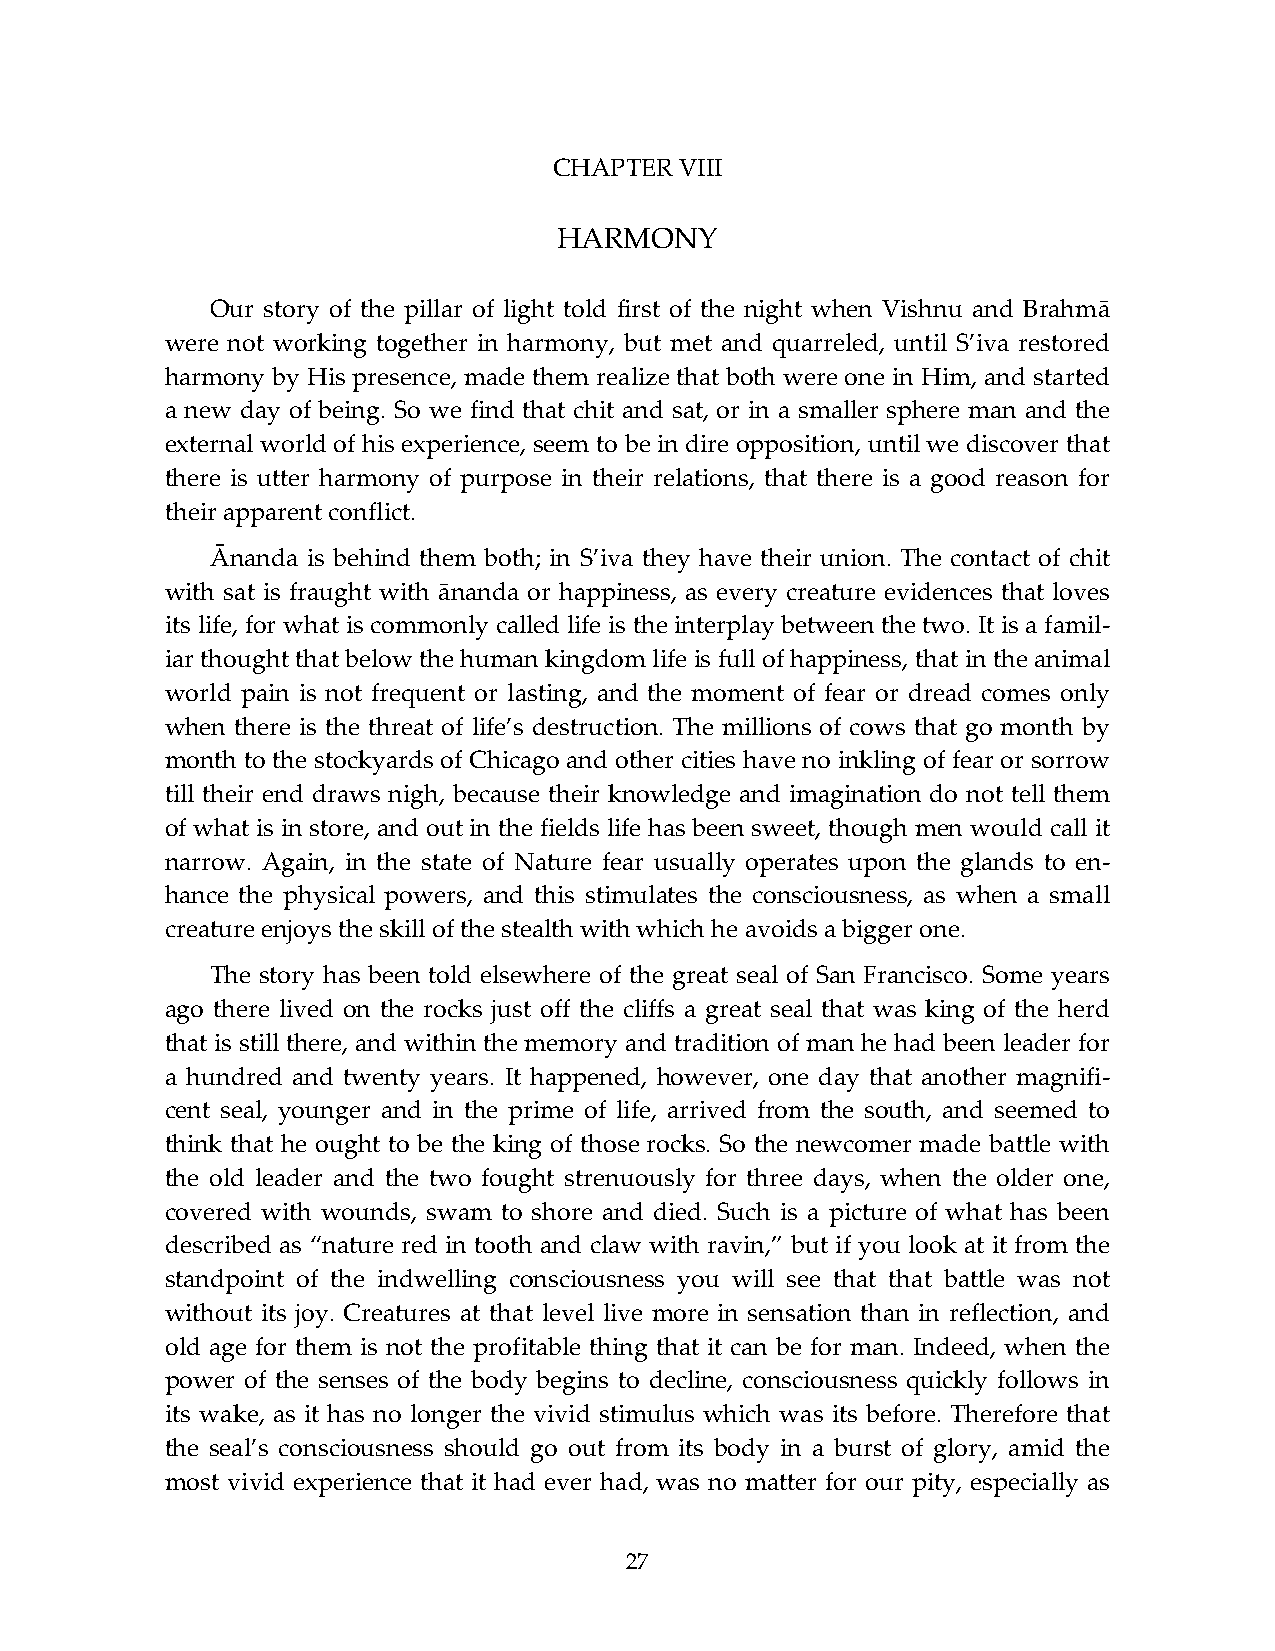
CHAPTER VIII
 HARMONY
 Our story of the pillar of light told first of the night when Vishnu and Вrahmā
 were not working together in harmony, but met and quarreled, until S’iva restored
 harmony by His presence, made them realize that both were one in Him, and started
 a new day of being. So we find that chit and sat, or in a smaller sphere man and the
 external world of his experience, seem to be in dire opposition, until we discover that
 there is utter harmony of purpose in their relations, that there is a good reason for
 their apparent conflict.
 Ānanda is behind them both; in S’iva they have their union. The contact of chit
 with sat is fraught with ānanda or happiness, as every creature evidences that loves
 its life, for what is commonly called life is the interplay between the two. It is a famil-
 iar thought that below the human kingdom life is full of happiness, that in the animal
 world pain is not frequent or lasting, and the moment of fear or dread comes only
 when there is the threat of life’s destruction. The millions of cows that go month by
 month to the stockyards of Chicago and other cities have no inkling of fear or sorrow
 till their end draws nigh, because their knowledge and imagination do not tell them
 of what is in store, and out in the fields life has been sweet, though men would call it
 narrow. Again, in the state of Nature fear usually operates upon the glands to en-
 hance the physical powers, and this stimulates the consciousness, as when a small
 creature enjoys the skill of the stealth with which he avoids a bigger one.
 The story has been told elsewhere of the great seal of San Francisco. Some years
 ago there lived on the rocks just off the cliffs a great seal that was king of the herd
 that is still there, and within the memory and tradition of man he had been leader for
 a hundred and twenty years. It happened, however, one day that another magnifi-
 cent seal, younger and in the prime of life, arrived from the south, and seemed to
 think that he ought to be the king of those rocks. So the newcomer made battle with
 the old leader and the two fought strenuously for three days, when the older one,
 covered with wounds, swam to shore and died. Such is a picture of what has been
 described as “nature red in tooth and claw with ravin,” but if you look at it from the
 standpoint of the indwelling consciousness you will see that that battle was not
 without its joy. Creatures at that level live more in sensation than in reflection, and
 old age for them is not the profitable thing that it can be for man. Indeed, when the
 power of the senses of the body begins to decline, consciousness quickly follows in
 its wake, as it has no longer the vivid stimulus which was its before. Therefore that
 the seal’s consciousness should go out from its body in a burst of glory, amid the
 most vivid experience that it had ever had, was no matter for our pity, especially as
 27